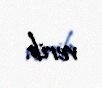
verib.